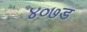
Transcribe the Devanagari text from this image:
४०७ड